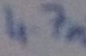
Text: 4.7m